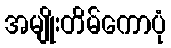
အမျိုးတိမ်ကောပုံ